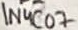
Text: 1N4C07